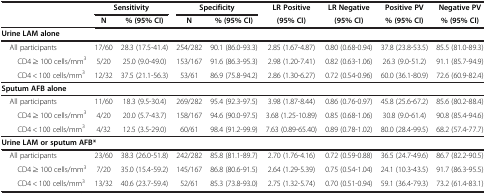
<table><thead><tr><td><b> </b></td><td colspan="2"><b>Sensitivity</b></td><td colspan="2"><b>Specificity</b></td><td><b>LR Positive</b></td><td><b>LR Negative</b></td><td><b>Positive PV</b></td><td><b>Negative PV</b></td></tr><tr><td><b> </b></td><td><b>N</b></td><td><b>% (95% CI)</b></td><td><b>N</b></td><td><b>% (95% CI)</b></td><td><b>(95% CI)</b></td><td><b>(95% CI)</b></td><td><b>% (95% CI)</b></td><td><b>% (95% CI)</b></td></tr></thead><tbody><tr><td colspan="9"><b>Urine LAM alone</b></td></tr><tr><td> All participants</td><td>17/60</td><td>28.3 (17.5-41.4)</td><td>254/282</td><td>90.1 (86.0-93.3)</td><td>2.85 (1.67-4.87)</td><td>0.80 (0.68-0.94)</td><td>37.8 (23.8-53.5)</td><td>85.5 (81.0-89.3)</td></tr><tr><td>CD4 ≥ 100 cells/mm<sup>3</sup></td><td>5/20</td><td>25.0 (9.0-49.0)</td><td>153/167</td><td>91.6 (86.3-95.3)</td><td>2.98 (1.20-7.41)</td><td>0.82 (0.63-1.06)</td><td>26.3 (9.0-51.2)</td><td>91.1 (85.7-94.9)</td></tr><tr><td>CD4 &lt; 100 cells/mm<sup>3</sup></td><td>12/32</td><td>37.5 (21.1-56.3)</td><td>53/61</td><td>86.9 (75.8-94.2)</td><td>2.86 (1.30-6.27)</td><td>0.72 (0.54-0.96)</td><td>60.0 (36.1-80.9)</td><td>72.6 (60.9-82.4)</td></tr><tr><td colspan="9"><b>Sputum AFB alone</b></td></tr><tr><td> All participants</td><td>11/60</td><td>18.3 (9.5-30.4)</td><td>269/282</td><td>95.4 (92.3-97.5)</td><td>3.98 (1.87-8.44)</td><td>0.86 (0.76-0.97)</td><td>45.8 (25.6-67.2)</td><td>85.6 (80.2-88.4)</td></tr><tr><td>CD4 ≥ 100 cells/mm<sup>3</sup></td><td>4/20</td><td>20.0 (5.7-43.7)</td><td>158/167</td><td>94.6 (90.0-97.5)</td><td>3.68 (1.25-10.89)</td><td>0.85 (0.68-1.06)</td><td>30.8 (9.0-61.4)</td><td>90.8 (85.4-94.6)</td></tr><tr><td>CD4 &lt; 100 cells/mm<sup>3</sup></td><td>4/32</td><td>12.5 (3.5-29.0)</td><td>60/61</td><td>98.4 (91.2-99.9)</td><td>7.63 (0.89-65.40)</td><td>0.89 (0.78-1.02)</td><td>80.0 (28.4-99.5)</td><td>68.2 (57.4-77.7)</td></tr><tr><td colspan="9"><b>Urine LAM or sputum AFB*</b></td></tr><tr><td> All participants</td><td>23/60</td><td>38.3 (26.0-51.8)</td><td>242/282</td><td>85.8 (81.1-89.7)</td><td>2.70 (1.76-4.16)</td><td>0.72 (0.59-0.88)</td><td>36.5 (24.7-49.6)</td><td>86.7 (82.2-90.5)</td></tr><tr><td>CD4 ≥ 100 cells/mm<sup>3</sup></td><td>7/20</td><td>35.0 (15.4-59.2)</td><td>145/167</td><td>86.8 (80.6-91.5)</td><td>2.64 (1.29-5.39)</td><td>0.75 (0.54-1.04)</td><td>24.1 (10.3-43.5)</td><td>91.7 (86.3-95.5)</td></tr><tr><td>CD4 &lt; 100 cells/mm<sup>3</sup></td><td>13/32</td><td>40.6 (23.7-59.4)</td><td>52/61</td><td>85.3 (73.8-93.0)</td><td>2.75 (1.32-5.74)</td><td>0.70 (0.51-0.94)</td><td>59.1 (36.4-79.3)</td><td>73.2 (61.4-83.1)</td></tr></tbody></table>